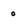
Character: o